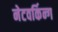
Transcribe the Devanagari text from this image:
नेटवर्किन्ग